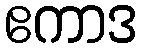
ဧကာဒ